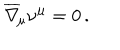
LaTeX: \overline { { \nabla } } _ { \! \mu } \nu ^ { \mu } = 0 \, .